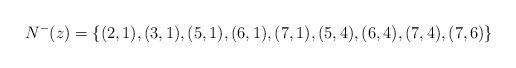
LaTeX: \begin{align*}N^-(z) = \{ (2,1), (3, 1), (5,1), (6, 1), (7,1), (5,4), (6,4), (7,4), (7,6) \}\end{align*}